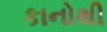
કાનોથી